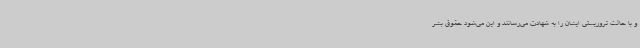
و با حالت تروریستی ایشان را به شهادت می‌رسانند و این می‌شود حقوق بشر